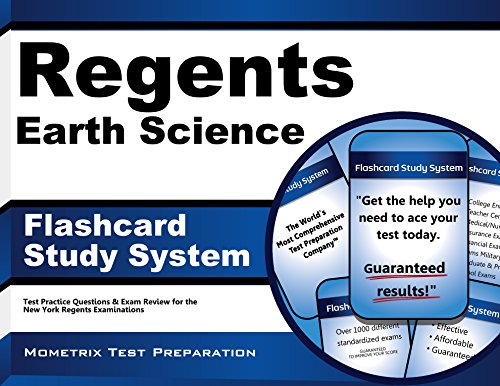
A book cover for Regents Earth Science Exam Flashcard Study System: Regents Test Practice Questions & Review for the New York Regents Examinations; Regents Exam Secrets Test Prep Team; Test Preparation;